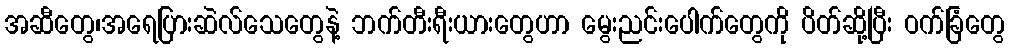
အဆီတွေ၊အရေပြားဆဲလ်သေတွေနဲ့ ဘက်တီးရီးယားတွေဟာ မွေးညင်းပေါက်တွေကို ပိတ်ဆို့ပြီး ဝက်ခြံတွေ